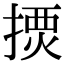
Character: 𢱾